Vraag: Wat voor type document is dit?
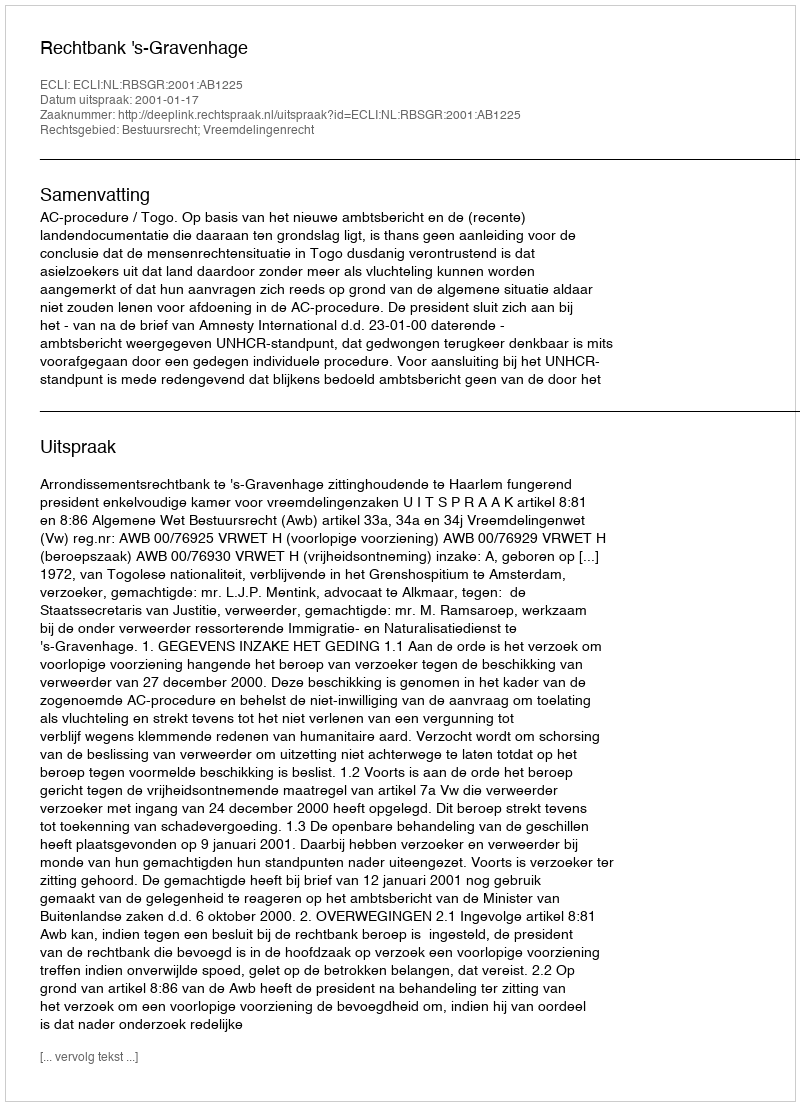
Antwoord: Uitspraak